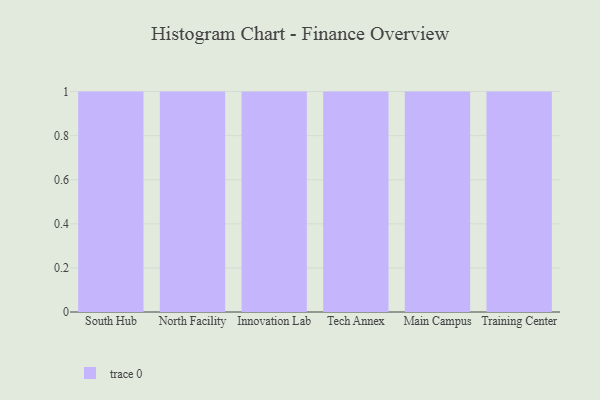
{"axis": {"x": "Campus", "y": "Latency (ms)"}, "legend": [""], "data": [{"x": "South Hub", "y": 38, "type": ""}, {"x": "North Facility", "y": 60, "type": ""}, {"x": "Innovation Lab", "y": 36, "type": ""}, {"x": "Tech Annex", "y": 70, "type": ""}, {"x": "Main Campus", "y": 44, "type": ""}, {"x": "Training Center", "y": 84, "type": ""}]}